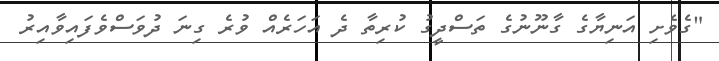
"ގެވެށި އަނިޔާގެ ގާނޫނުގެ ތަސްދީގު ކުރިތާ ދެ އަހަރެއް ވުރެ ގިނަ ދުވަސްވެފައިވާއިރު